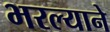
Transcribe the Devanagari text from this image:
भरल्याने